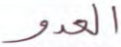
العدو